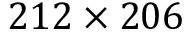
2 1 2 \times 2 0 6